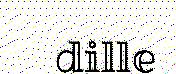
dille